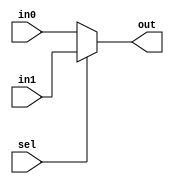
module Mux2in #(parameter
	L_data = 16
)(
	output [L_data-1: 0] out,
	input [L_data-1: 0] in0, in1,
	input sel
);
assign out = sel == 1'b0 ? in0 : in1;
endmodule